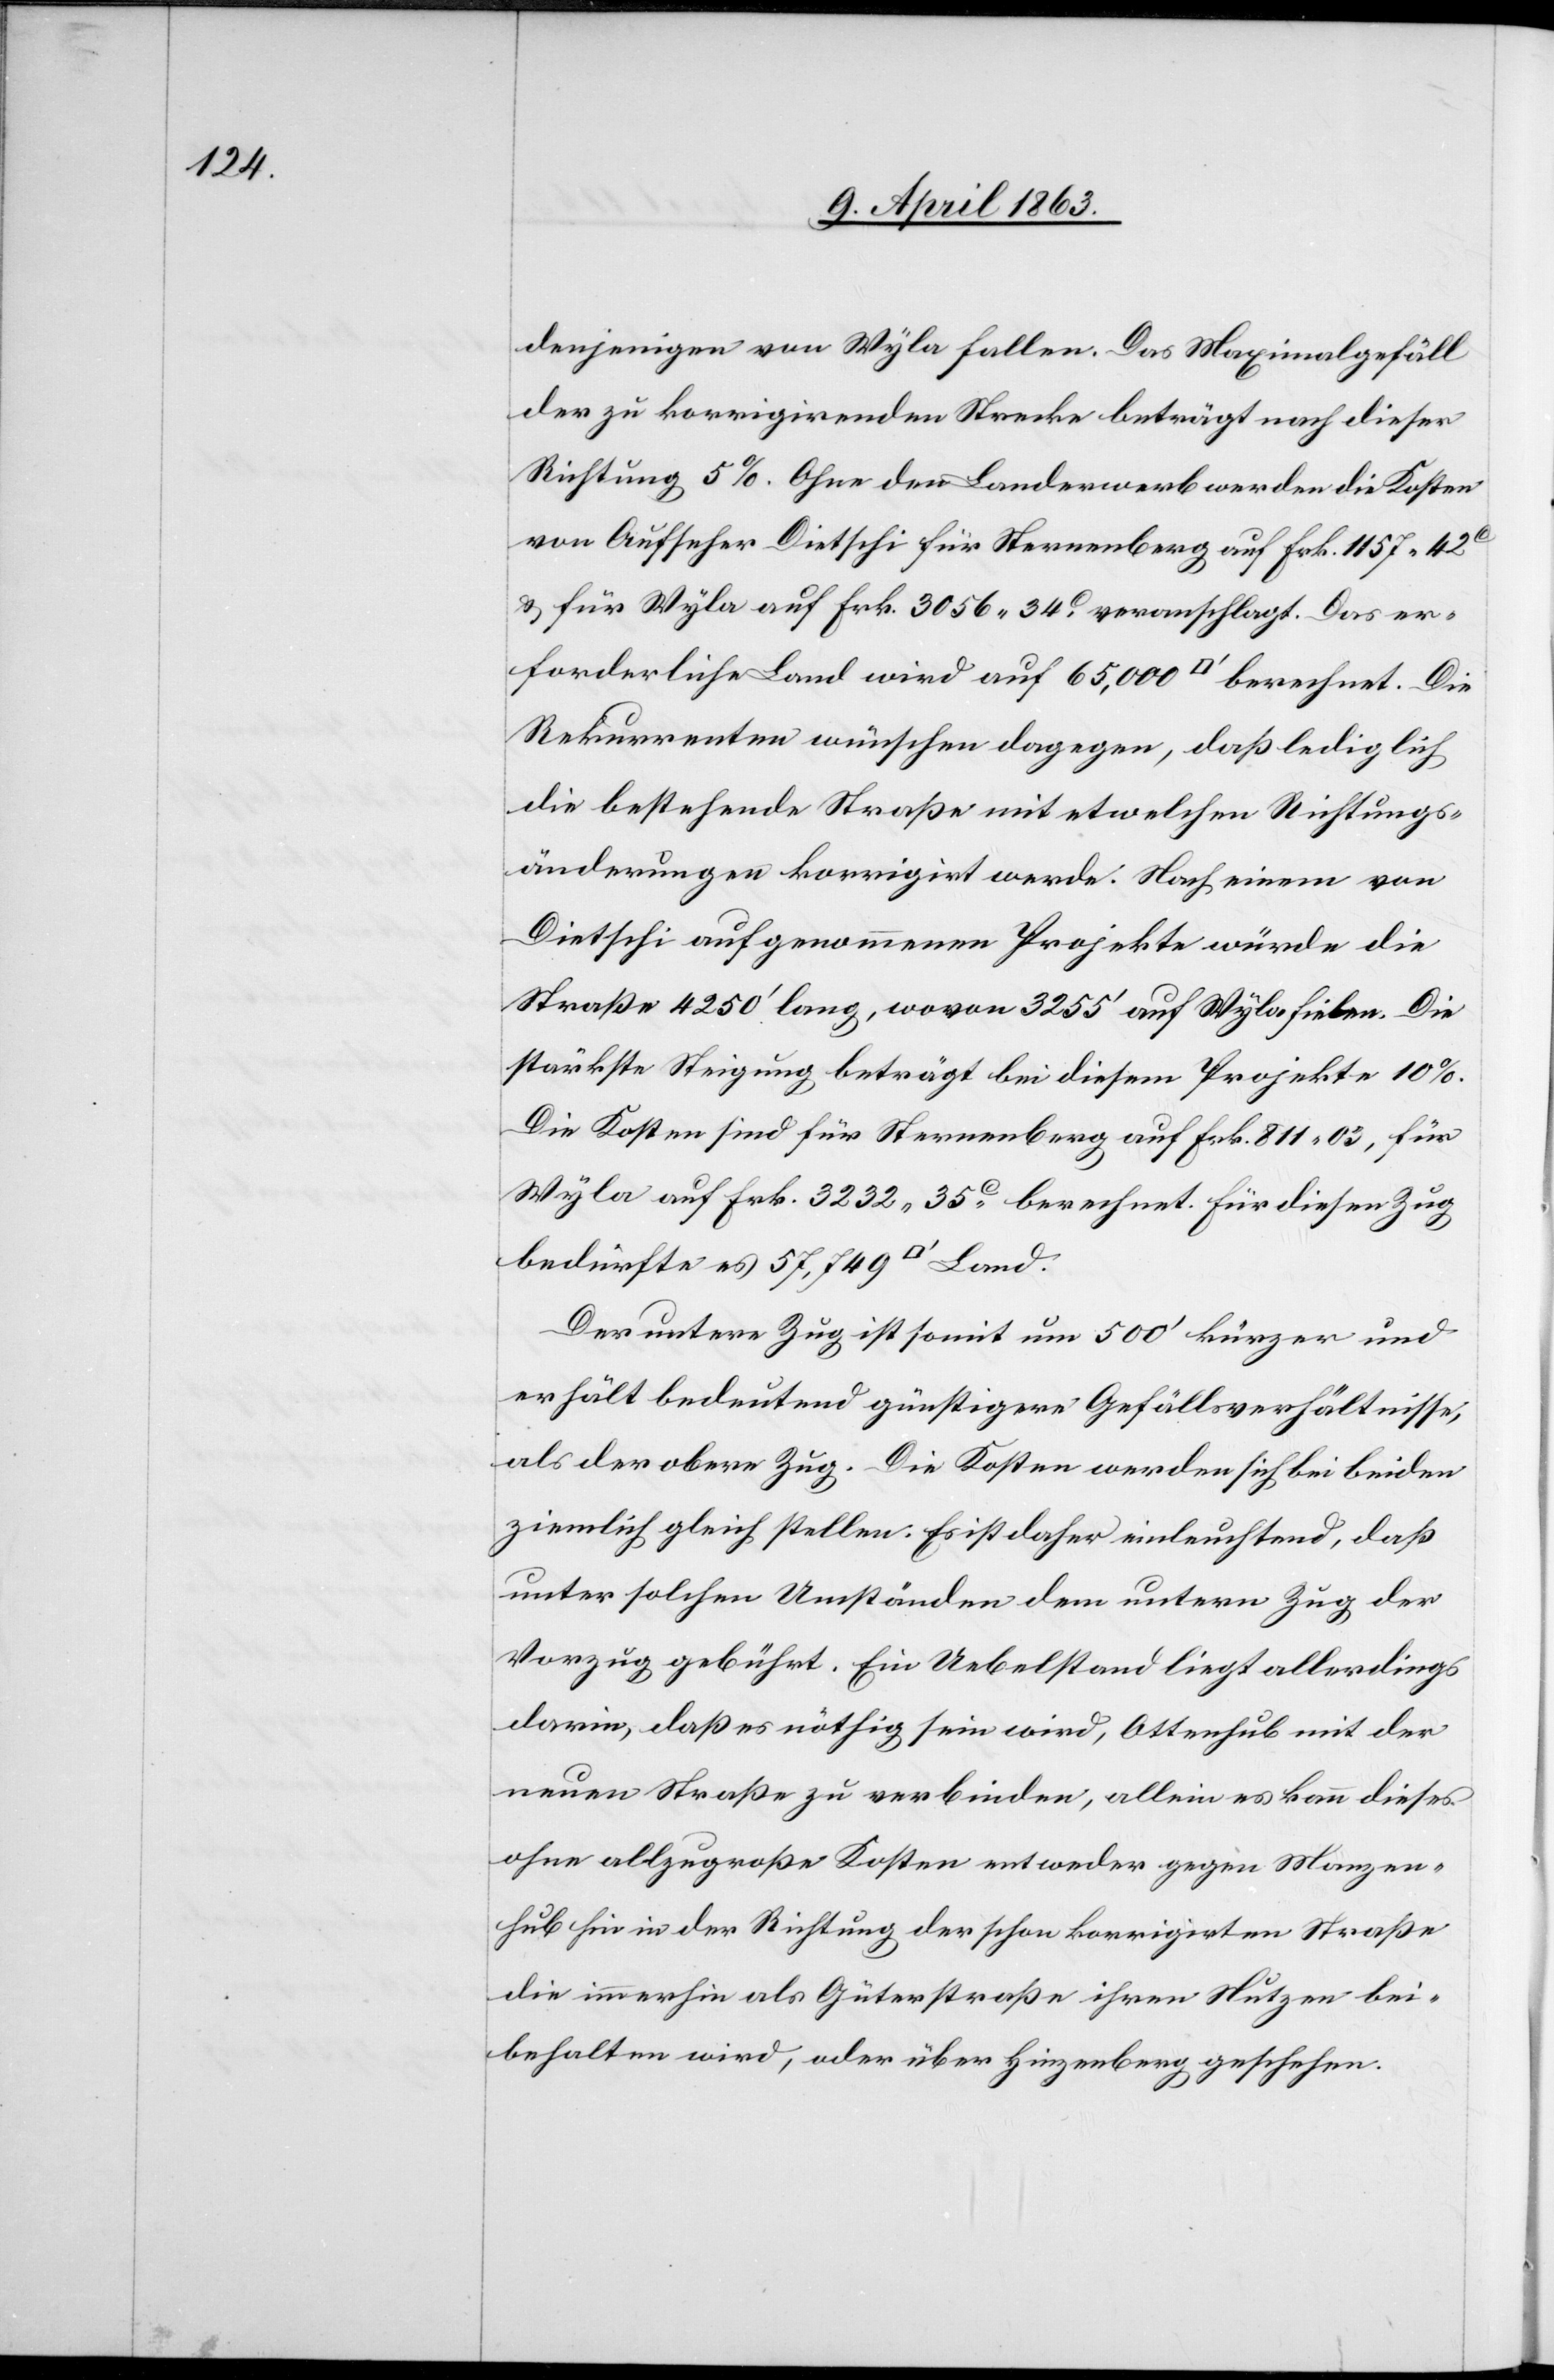
denjenigen von Wyla fallen. Das Maximalgefäll
der zu korrigirenden Strecke beträgt nach dieser
Richtung 5%. Ohne den Landerwerb werden die Kosten
von Aufseher Dietschi für Sternenberg auf Frk. 1157. 42c
& für Wyla auf Frk. 3056. 34c veranschlagt. Das er¬
forderliche Land wird auf 65,000 [Quadratfuss] berechnet. Die
Rekurrenten wünschen dagegen, daß lediglich
die bestehende Straße mit etwelchen Richtungs¬
änderungen korrigirt werde. Nach einem von
Dietschi aufgenommenen Projekte würde die
Straße 4250' lang, wovon 3255' auf Wyla fielen. Die
stärkste Steigung beträgt die bei diesem Projekte 10%.
Die Kosten sind für Sternenberg auf Frk. 811. 05, für
Wyla auf Frk. 3232. 35c berechnet. Für diesen Zug
Der untere Zug ist somit um 500' kürzer und
erhält bedeutend günstigere Gefällsverhältnisse,
als der obere Zug. Die Kosten werden sich bei beiden
ziemlich gleich stellten. Es ist daher einleuchtend, daß
unter solchen Umständen dem untern Zug der
Vorzug gebührt. Ein Uebelstand liegt allerdings
darin, daß es nöthig sein wird, Ottenhub mit der
neuen Straße zu verbinden, allein es kann dieses
ohne allzugroße Kosten entweder gegen Manzen¬
hub hin in der Richtung der schon korrigirten Straße
die immerhin als Güterstraße ihren Nutzen bei¬
behalten wird, oder über Hinzenberg geschehen.